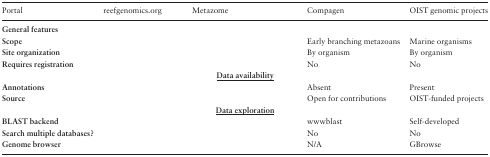
<table><thead><tr><td><b>Portal</b></td><td><b>reefgenomics.org</b></td><td><b>Metazome</b></td><td><b>Compagen</b></td><td><b>OIST genomic projects</b></td></tr></thead><tbody><tr><td colspan="5"><b>General features</b></td></tr><tr><td><b>Scope</b></td><td>[EMPTY_CELL]</td><td>[EMPTY_CELL]</td><td>Early branching metazoans</td><td>Marine organisms</td></tr><tr><td><b>Site organization</b></td><td>[EMPTY_CELL]</td><td>[EMPTY_CELL]</td><td>By organism</td><td>By organism</td></tr><tr><td><b>Requires registration</b></td><td>[EMPTY_CELL]</td><td>[EMPTY_CELL]</td><td>No</td><td>No</td></tr><tr><td colspan="5"><b><underline>Data availability</underline></b></td></tr><tr><td><b>Annotations</b></td><td>[EMPTY_CELL]</td><td>[EMPTY_CELL]</td><td>Absent</td><td>Present</td></tr><tr><td><b>Source</b></td><td>[EMPTY_CELL]</td><td>[EMPTY_CELL]</td><td>Open for contributions</td><td>OIST-funded projects</td></tr><tr><td colspan="5"><b><underline>Data exploration</underline></b></td></tr><tr><td><b>BLAST backend</b></td><td>[EMPTY_CELL]</td><td>[EMPTY_CELL]</td><td>wwwblast</td><td>Self-developed</td></tr><tr><td><b>Search multiple databases?</b></td><td>[EMPTY_CELL]</td><td>[EMPTY_CELL]</td><td>No</td><td>No</td></tr><tr><td><b>Genome browser</b></td><td>[EMPTY_CELL]</td><td>[EMPTY_CELL]</td><td>N/A</td><td>GBrowse</td></tr></tbody></table>